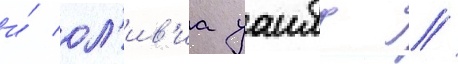
и́ ол'ив'иа уаилд //